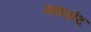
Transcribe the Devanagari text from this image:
गथाछंद